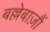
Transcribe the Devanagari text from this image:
बल्लेबाज़ौं